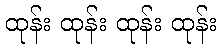
ထုန်း ထုန်း ထုန်း ထုန်း